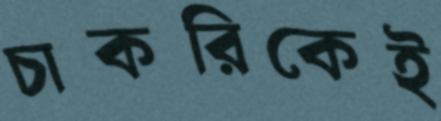
চাকরিকেই